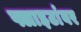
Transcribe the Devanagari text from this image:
फ्लाइटांवर